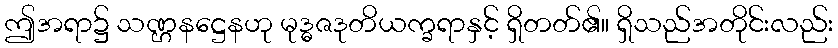
ဤအရာ၌ သဏ္ဌနဋ္ဌေနဟု မုဒ္ဓဇဒုတိယက္ခရာနှင့် ရှိတတ်၏။ ရှိသည်အတိုင်းလည်း